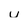
Character: u